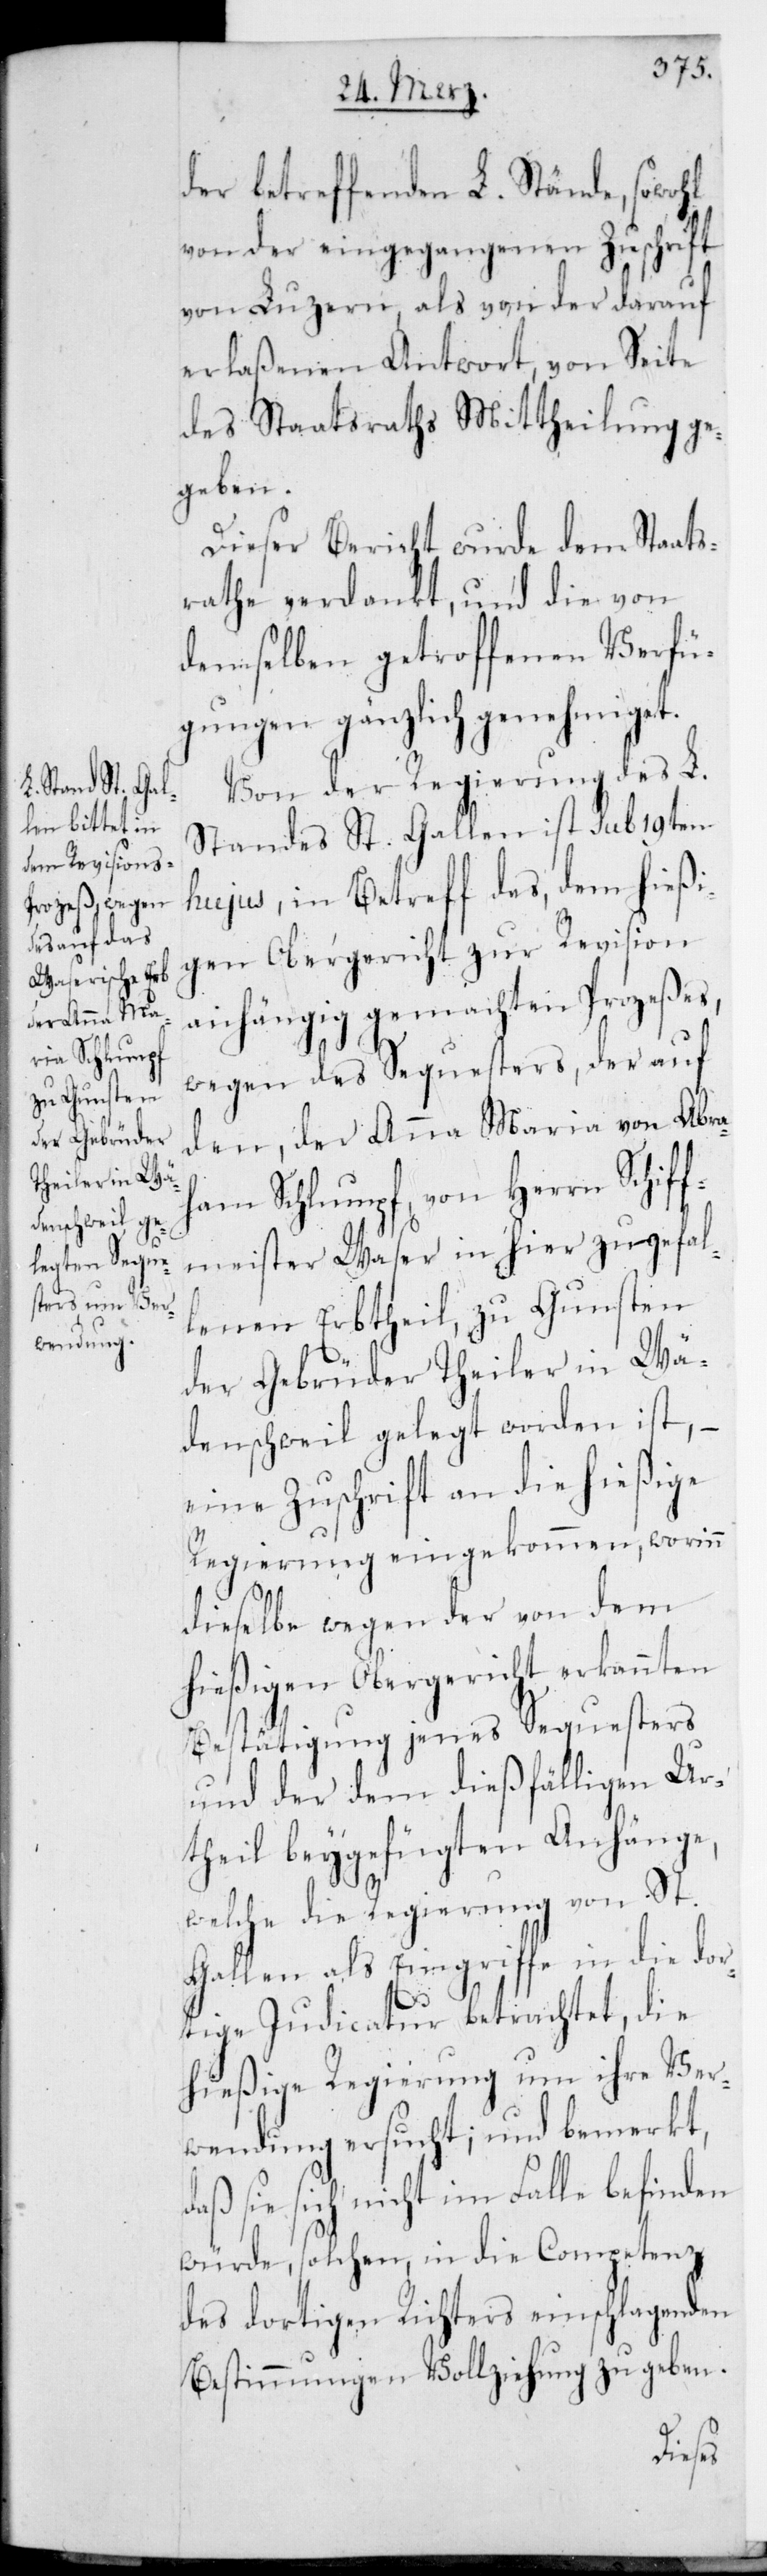
der betreffenden L. Stände, sowohl
von der eingegangenen Zuschrift
von Luzern, als von der darauf
erlaßenen Antwort, von Seite
des Staatsraths Mittheilung ge¬
geben.
Dieser Bericht wurde dem Staats¬
rathe verdankt und die von
demselben getroffenen Verfü¬
gungen gänzlich genehmiget.
Von der Regierung des L.
Standes St. Gallen ist sub 19ten
hujus, in Betreff des, dem hießi¬
gen Obergericht zur Revision
anhängig gemachten Prozeßes,
wegen des Sequesters, der auf
den, der Anna Maria von Abra¬
ham Schlumpf von Herrn Schif¬
fmeister Waser in hier zugefal¬
lenen Erbtheil zu Gunsten
der Gebrüder Theiler in Wä¬
denschweil gelegt worden ist, –
eine Zuschrift an die hießige
Regierung eingekommen, worinn
dieselbe wegen der von dem
hießigen Obergericht erkannten
Bestätigung jenes Sequesters
und der dem dießfälligen Ur¬
theil beygefügten Anhänge,
welche die Regierung von St.
Gallen als Eingriffe in die dor¬
tige Judicatur betrachtet, die
hießige Regierung um ihre Ver¬
wendung ersucht; und bemerkt,
daß sie sich nicht im Falle befinden
würde, solchen in die Competenz
des dortigen Richters einschlagenden
Bestimmungen Vollziehung zu geben.